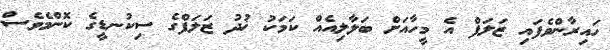
ހައިރާންވެފައި ޒަލަފް އެ މީހާއަށް ބަލާލިއެއް ކަމަކު ޚުދު ޒަލަފްގެ ސިކުނޑީގެ ކޮންމެވެސް